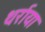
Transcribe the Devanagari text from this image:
थर्राया